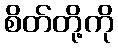
စိတ်တို့ကို